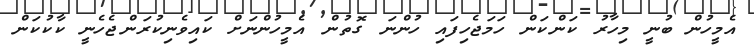
އެމީހުން ބުނީ މިހާރު ކަންކަން ހަމަޖެހިފައި ހުންނަ ގޮތުން އެމީހުންނަށް ކައިވެނިކުރަންޖެހެނީ ކާކުކަން